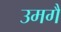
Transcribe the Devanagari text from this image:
उमगै